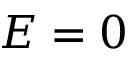
E = 0